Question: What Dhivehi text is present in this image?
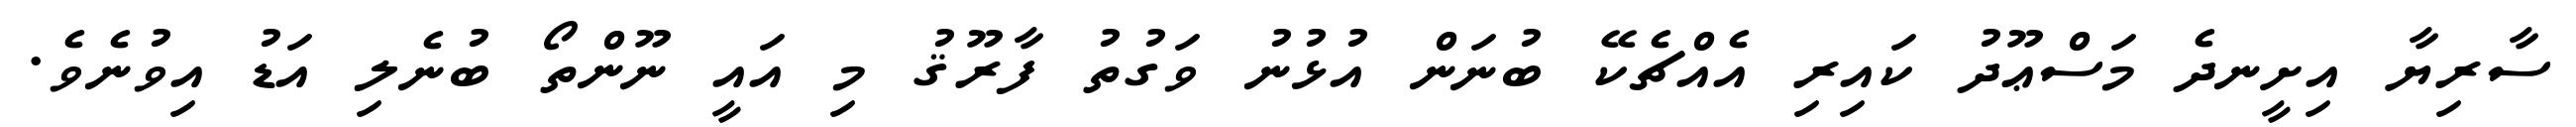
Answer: ސާރިޔާ އިށީނދެ މަސްޢޫދު ކައިރި އެއްޗެކޭ ބުނަން އުޅުނު ވަގުތު ފާރޫޤު މި އައީ ނޫންތޯ ބުނެލި އަޑު އިވުނެވެ.